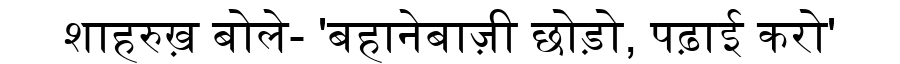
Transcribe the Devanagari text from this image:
शाहरुख़ बोले- 'बहानेबाज़ी छोड़ो, पढ़ाई करो'